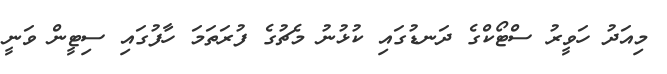
މިއަދު ހަވީރު ސްޓޯކްގެ ދަނޑުގައި ކުޅުނު މެޗުގެ ފުރަތަމަ ހާފުގައި ސިޓީން ވަނީ